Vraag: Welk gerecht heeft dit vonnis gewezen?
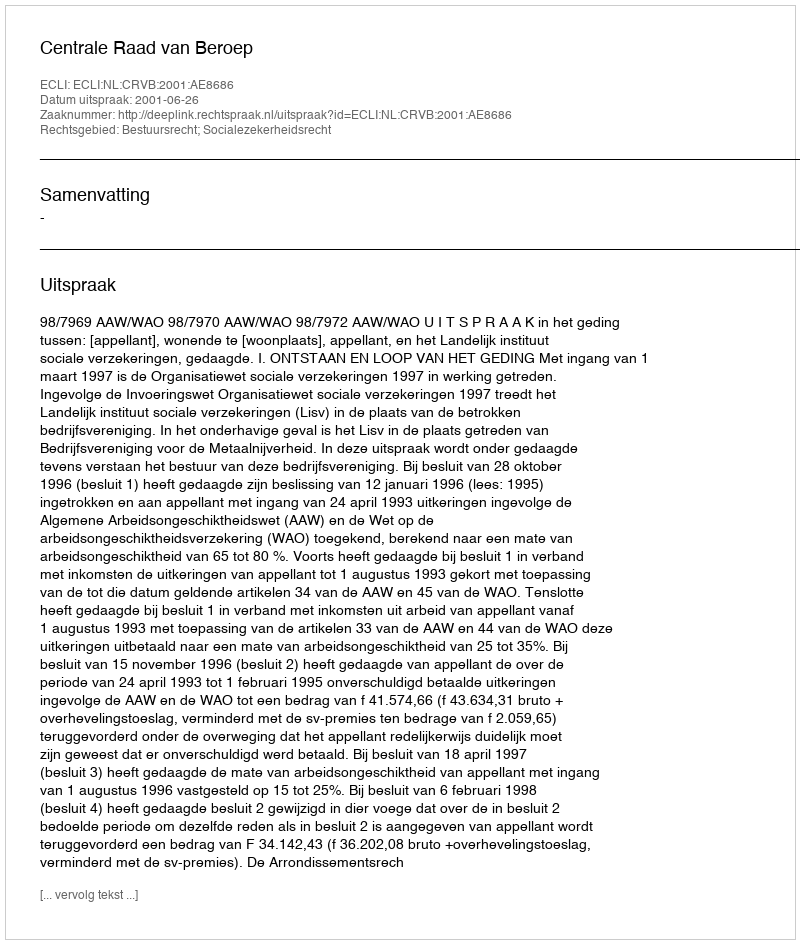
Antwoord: Centrale Raad van Beroep